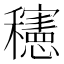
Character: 𰩀